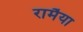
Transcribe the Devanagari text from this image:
रामैया